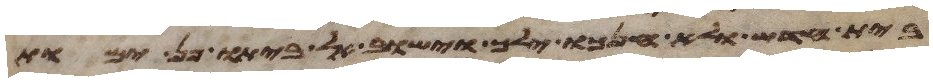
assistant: בית חדש ולא חנכו ילך וישוב לביתו פן ימות